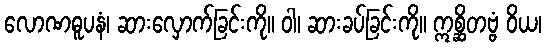
လောဏဓူပနံ၊ ဆားလှောက်ခြင်းကို။ ဝါ၊ ဆားခပ်ခြင်းကို။ ဣစ္ဆိတဗ္ဗံ ဝိယ၊